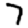
Digit: 7